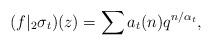
LaTeX: \begin{align*}(f|_2{\sigma_t)}(z)=\sum a_t(n)q^{n/\alpha_t},\end{align*}